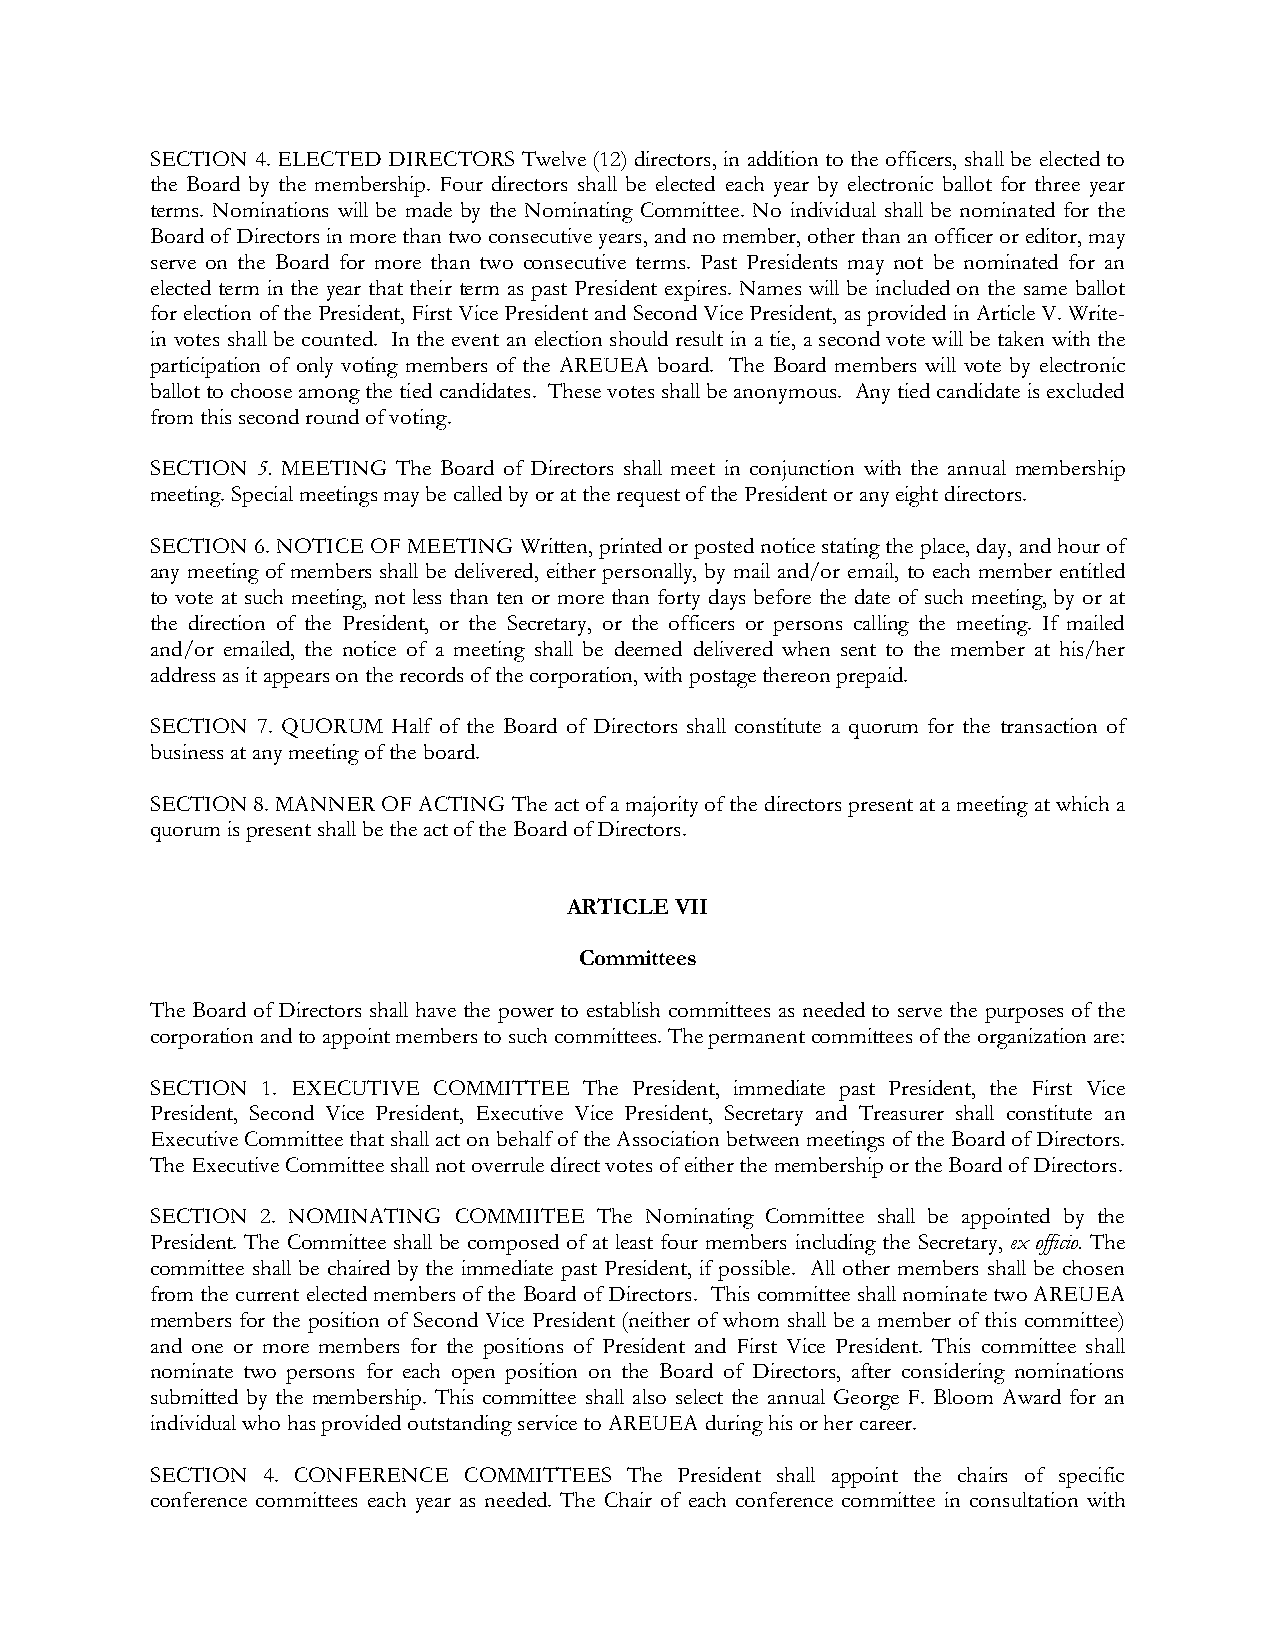
SECTION 4. ELECTED DIRECTORS Twelve (12) directors, in addition to the officers, shall be elected to
 the Board by the membership. Four directors shall be elected each year by electronic ballot for three year
 terms. Nominations will be made by the Nominating Committee. No individual shall be nominated for the
 Board of Directors in more than two consecutive years, and no member, other than an officer or editor, may
 serve on the Board for more than two consecutive terms. Past Presidents may not be nominated for an
 elected term in the year that their term as past President expires. Names will be included on the same ballot
 for election of the President, First Vice President and Second Vice President, as provided in Article V. Write-
 in votes shall be counted. In the event an election should result in a tie, a second vote will be taken with the
 participation of only voting members of the AREUEA board. The Board members will vote by electronic
 ballot to choose among the tied candidates. These votes shall be anonymous. Any tied candidate is excluded
 from this second round of voting.
 SECTION 5. MEETING The Board of Directors shall meet in conjunction with the annual membership
 meeting. Special meetings may be called by or at the request of the President or any eight directors.
 SECTION 6. NOTICE OF MEETING Written, printed or posted notice stating the place, day, and hour of
 any meeting of members shall be delivered, either personally, by mail and/or email, to each member entitled
 to vote at such meeting, not less than ten or more than forty days before the date of such meeting, by or at
 the direction of the President, or the Secretary, or the officers or persons calling the meeting. If mailed
 and/or emailed, the notice of a meeting shall be deemed delivered when sent to the member at his/her
 address as it appears on the records of the corporation, with postage thereon prepaid.
 SECTION 7. QUORUM Half of the Board of Directors shall constitute a quorum for the transaction of
 business at any meeting of the board.
 SECTION 8. MANNER OF ACTING The act of a majority of the directors present at a meeting at which a
 quorum is present shall be the act of the Board of Directors.
 ARTICLE VII
 Committees
 The Board of Directors shall have the power to establish committees as needed to serve the purposes of the
 corporation and to appoint members to such committees. The permanent committees of the organization are:
 SECTION 1. EXECUTIVE COMMITTEE The President, immediate past President, the First Vice
 President, Second Vice President, Executive Vice President, Secretary and Treasurer shall constitute an
 Executive Committee that shall act on behalf of the Association between meetings of the Board of Directors.
 The Executive Committee shall not overrule direct votes of either the membership or the Board of Directors.
 SECTION 2. NOMINATING COMMIITEE The Nominating Committee shall be appointed by the
 President. The Committee shall be composed of at least four members including the Secretary, ex officio. The
 committee shall be chaired by the immediate past President, if possible. All other members shall be chosen
 from the current elected members of the Board of Directors. This committee shall nominate two AREUEA
 members for the position of Second Vice President (neither of whom shall be a member of this committee)
 and one or more members for the positions of President and First Vice President. This committee shall
 nominate two persons for each open position on the Board of Directors, after considering nominations
 submitted by the membership. This committee shall also select the annual George F. Bloom Award for an
 individual who has provided outstanding service to AREUEA during his or her career.
 SECTION 4. CONFERENCE COMMITTEES The President shall appoint the chairs of specific
 conference committees each year as needed. The Chair of each conference committee in consultation with